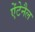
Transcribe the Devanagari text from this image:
ऐंटेनैल